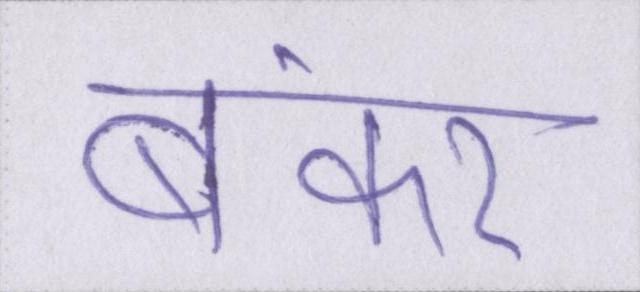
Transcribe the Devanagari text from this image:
बंकर